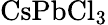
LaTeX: \mathrm{Cs}\mathrm{Pb}{\mathrm{Cl}}_{3}